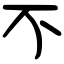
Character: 不